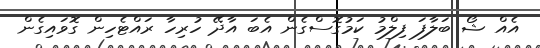
އެއް ޝޯ ބަލާފަ ފިލްމު ކަމުގޮސްގެން އެބަ އާދޭ ހުރިހާ ރައްޓެހިން ގޮވައިގެން